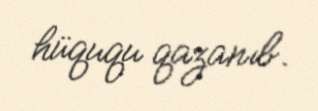
hüququ qazanıb.